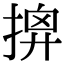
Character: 𢰘